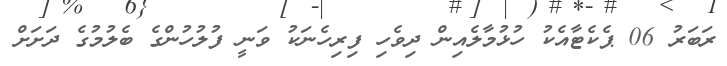
ރަބަރު 06 ޕެކެޓާއެކު ހުޅުމާލެއިން ދިވެހި ފިރިހެނަކު ވަނީ ފުލުހުންގެ ބެލުމުގެ ދަށަށް